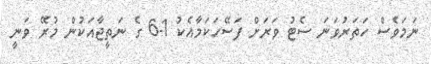
ނަމަވެސް ހަތަރުވަނަ ސެޓު ވަރަށް ފަސޭހަކަމާއެކު 1-6 ގެ ނަތީޖާއަކުން މުރޭ ވަނީ